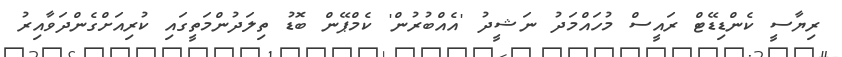
ރިޔާސީ ކެންޑިޑޭޓް ރައީސް މުހައްމަދު ނަޝީދު 'އެއްބުރުން' ކެމްޕޭން ބޮޑު ތިލަދުންމަތީގައި ކުރިއަށްގެންދަވާއިރު